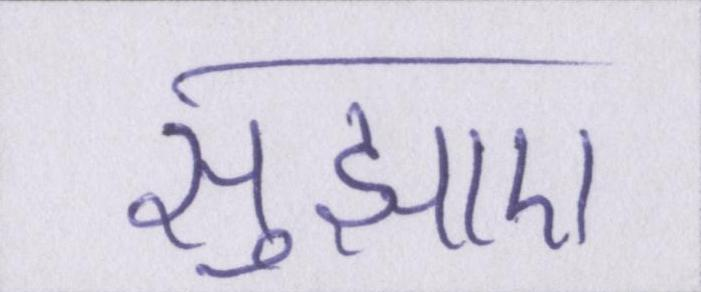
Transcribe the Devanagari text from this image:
सुझाए